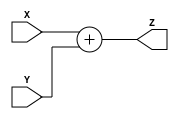
module ADDER
#(  parameter N = 32  // N is the number of bits in the adder
)(
    input [N-1:0] X, Y,  // the two input vectors
    output [N-1:0] Z    // the sum output vector
    );
    
    assign Z = X + Y;
endmodule